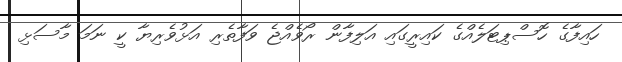
ހައިފާގެ ހޮސްޕިޓަލެއްގެ ކައިރީގައި އަލިފާން ރޯވެއްޖެ ވަފާތެރި އަޅުވެރިޔާ ކީ ނަމަ މާސަޅި